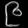
Digit: ၉